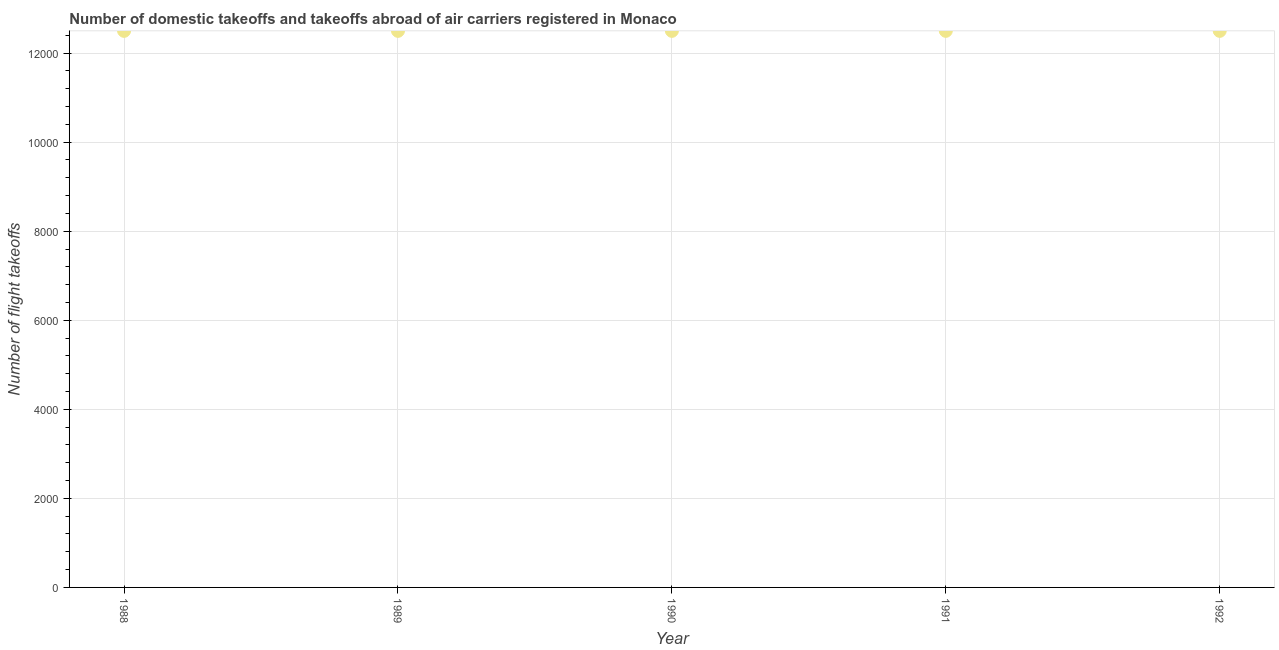
| Year | Air transport |
 | --- | --- |
 | 1988 | 1.25e+04 |
 | 1989 | 1.25e+04 |
 | 1990 | 1.25e+04 |
 | 1991 | 1.25e+04 |
 | 1992 | 1.25e+04 |